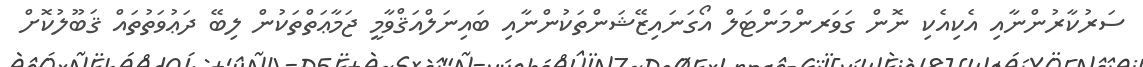
ސަރުކާރުންނާއި އެކިއެކި ނޮން ގަވަރންމަންޓަލް އޯގަނައިޒޭޝަންތަކުންނާއި ބައިނަލްއަޤްވާމީ ޖަމާޢަތްތަކުން ލިބޭ ދަޢުވަތުތައް ޤަބޫލުކޮށް